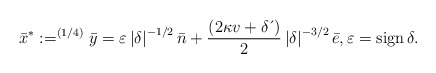
\begin{align*}\bar{x}^{\ast}:=^{\left( 1/4\right) }\bar{y}=\varepsilon \left \vert\delta \right \vert ^{-1/2}\bar{n}+\frac{\left( 2\kappa v+\delta \,\acute{}\, \right) }{2}\left \vert \delta \right \vert ^{-3/2}\bar{e},\varepsilon=\operatorname*{sign}\delta. \end{align*}